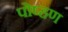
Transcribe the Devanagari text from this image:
पोष्हण